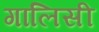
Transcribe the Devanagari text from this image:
गालिसी